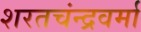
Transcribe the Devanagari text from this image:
शरतचंन्द्रवर्मा